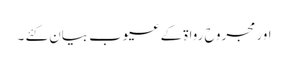
اور مجروح رواۃ کے عیوب بیان کئے ۔